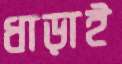
ধাড়াই